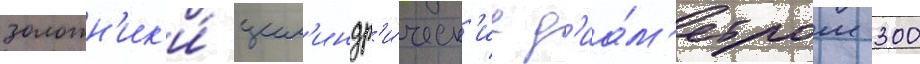
Золотн'ик'и́ цил'индр'и́ческ'ие д'иа́м'етром 300